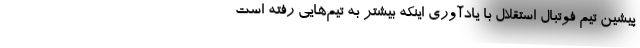
پیشین تیم فوتبال استقلال با یادآوری اینکه بیشتر به تیم‌هایی رفته است